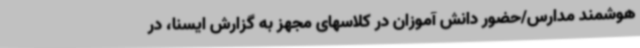
هوشمند مدارس/حضور دانش آموزان در کلاسهای مجهز به گزارش ایسنا، در